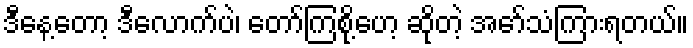
ဒီနေ့တော့ ဒီလောက်ပဲ၊ တော်ကြစို့ဟေ့ ဆိုတဲ့ အော်သံကြားရတယ်။